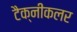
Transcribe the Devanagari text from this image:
टैक्नीकलर